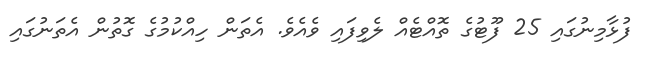
ފުޅާމިނުގައި 25 ފޫޓުގެ ތޮއްޓެއް ލެވިފައި ވެއެވެ. އެތަން ހިއްކުމުގެ ގޮތުން އެތަނުގައި